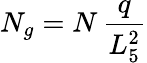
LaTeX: N_{g}=N\, {\frac{q}{L_{5}^{2}}}